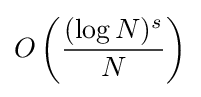
O\left({\frac {(\log N)^{s}}{N}}\right)